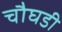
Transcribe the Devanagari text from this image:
चौघडी